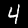
Label: 4